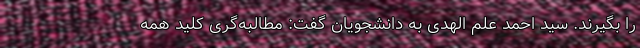
را بگیرند. سید احمد علم الهدی به دانشجویان گفت: مطالبه‌گری کلید همه